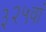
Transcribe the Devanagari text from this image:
३२५वां